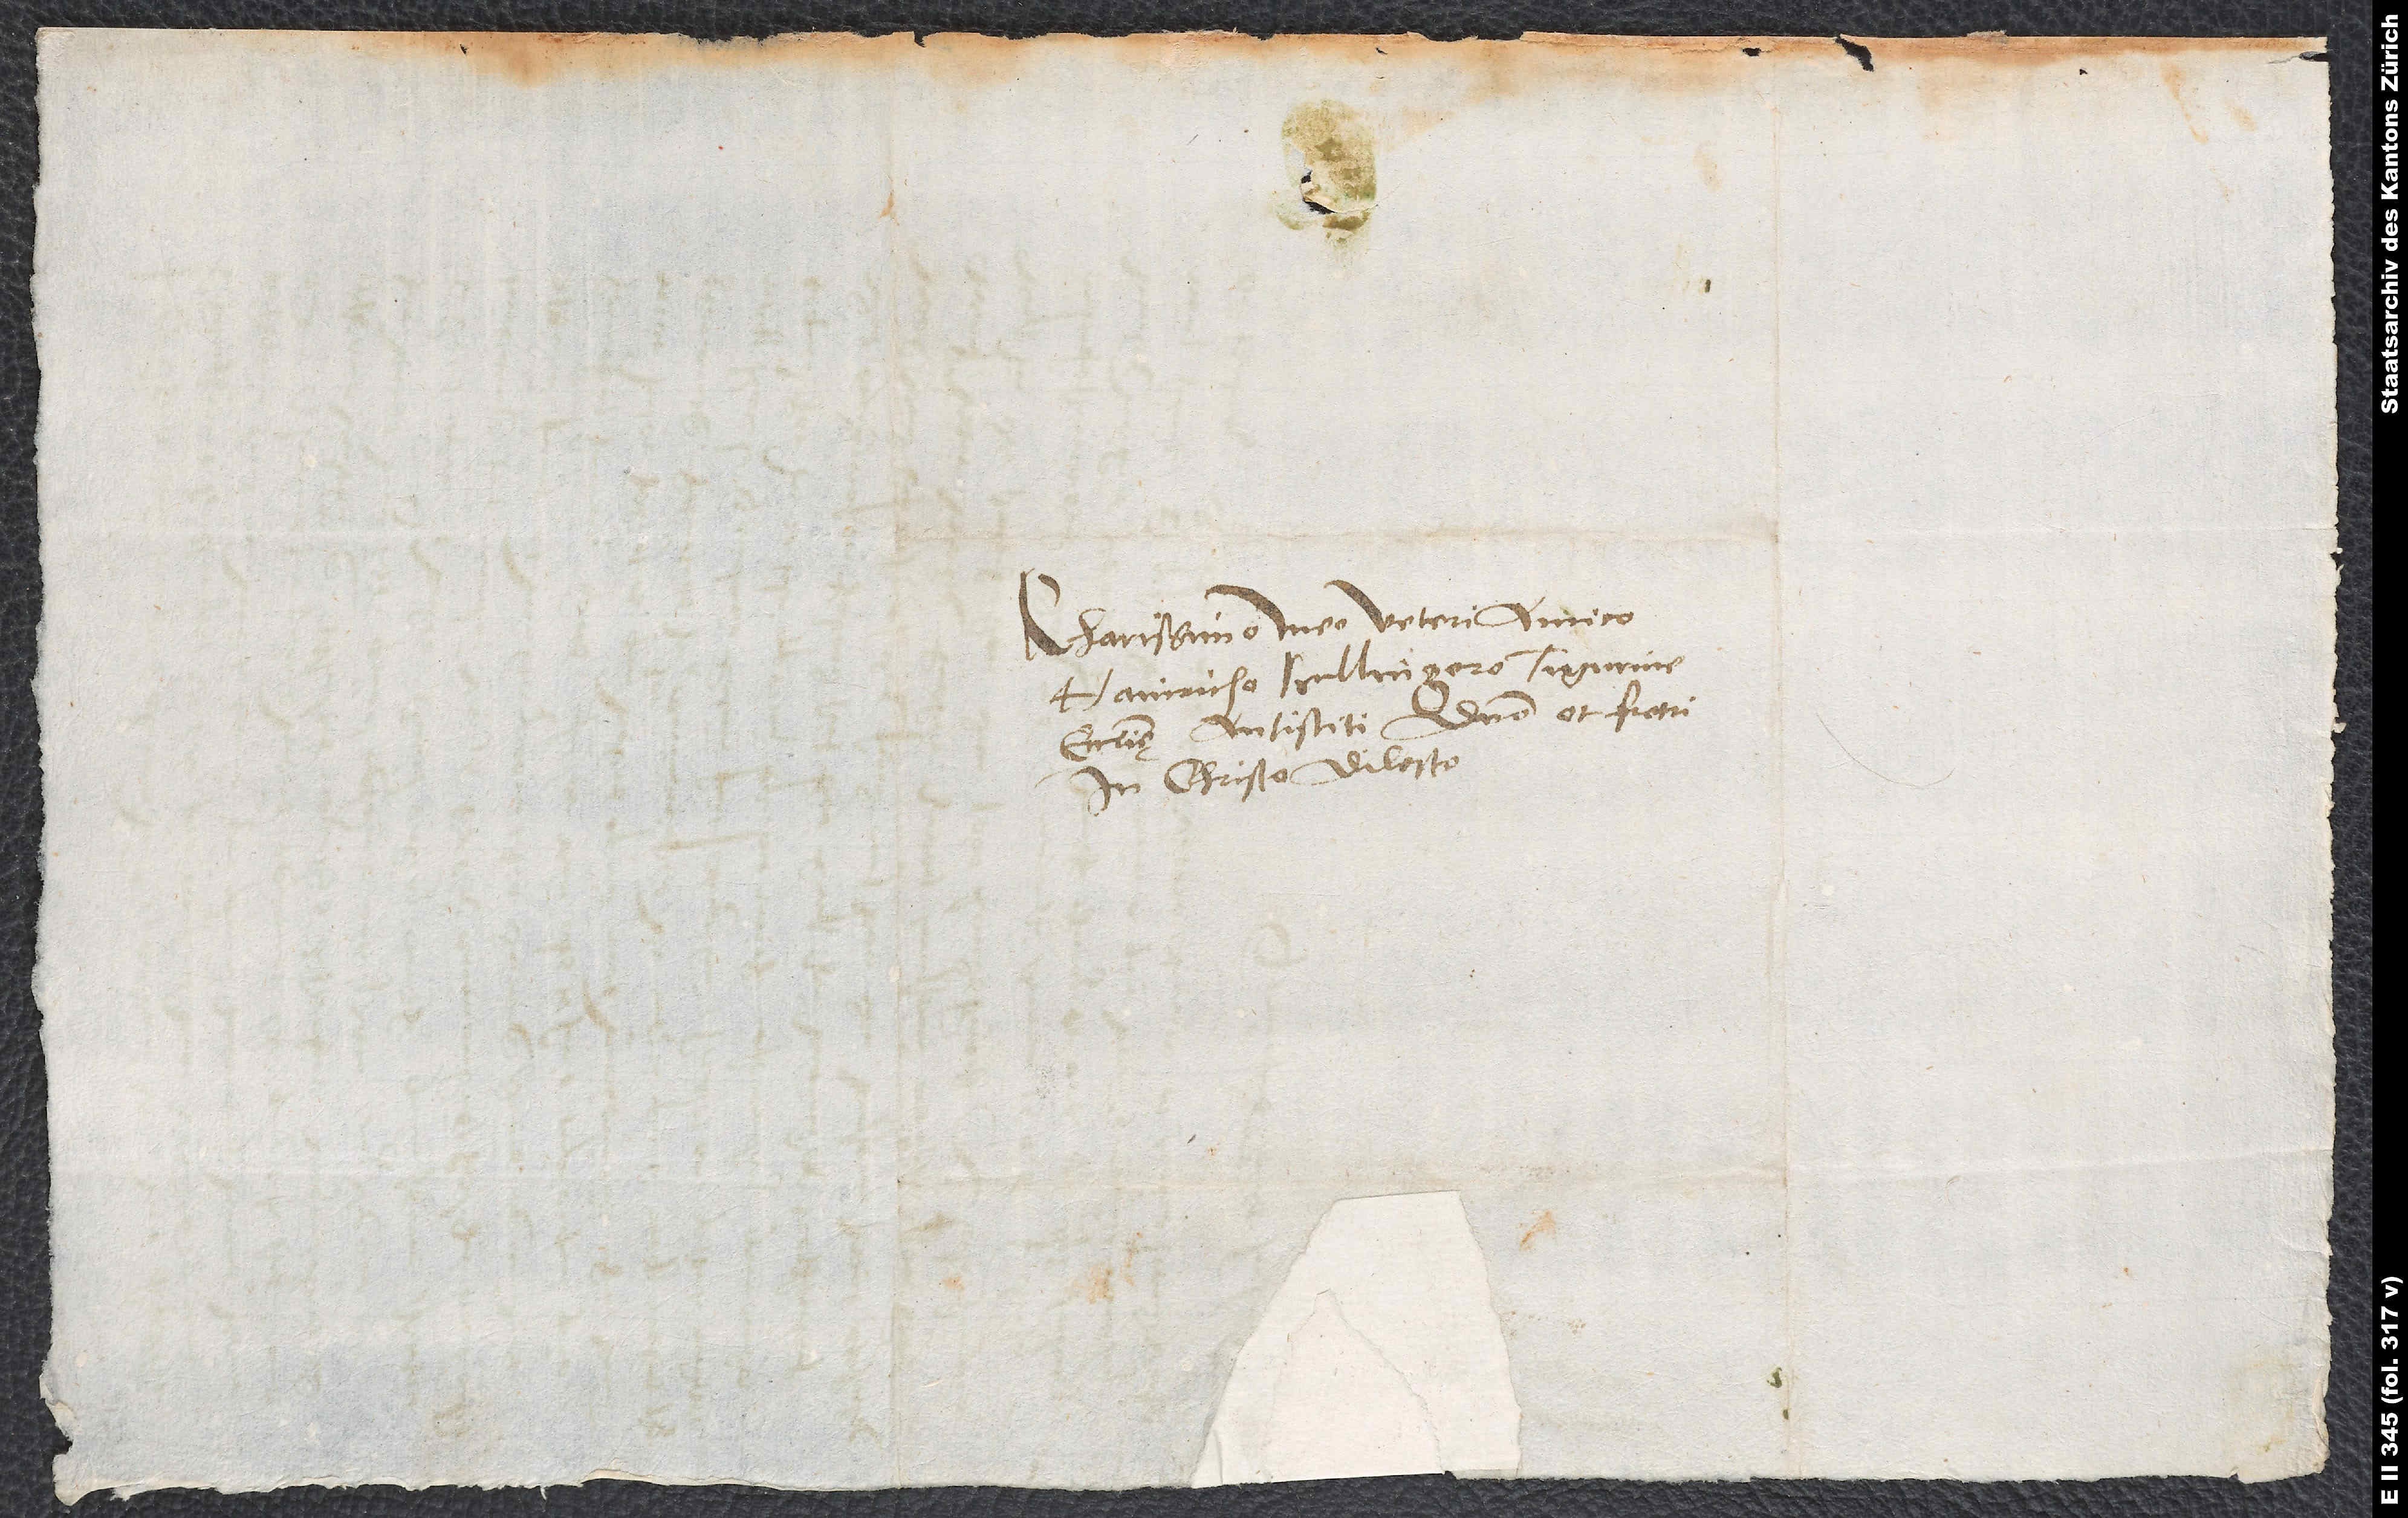
Charissimo meo veteri amico
Hainricho Bullingero, Tigurine
ecclesię antistiti, domino et fratri
in Christo dilecto.